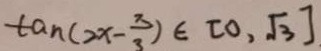
t a _ { n } ( 2 x - \frac { 3 } { 3 } ) \in [ 0 , \sqrt { 3 } ]